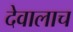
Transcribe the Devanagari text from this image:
देवालाच